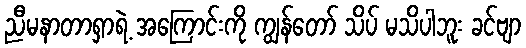
ညီမနာတာရှာရဲ့ အကြောင်းကို ကျွန်တော် သိပ် မသိပါဘူး ခင်ဗျာ